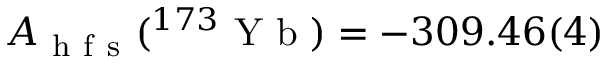
A _ { \mathrm { ~ h ~ f ~ s ~ } } ( ^ { 1 7 3 } \mathrm { ~ Y ~ b ~ } ) = - 3 0 9 . 4 6 ( 4 )